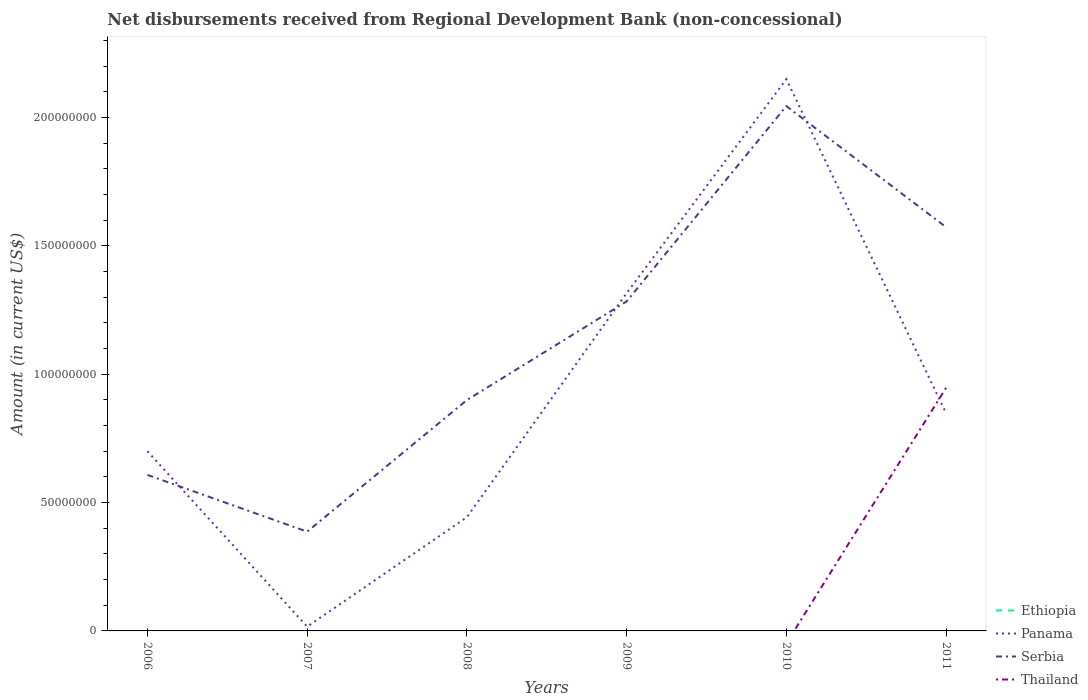
| Years | Ethiopia | Panama | Serbia | Thailand |
 | --- | --- | --- | --- | --- |
 | 2006 | -1.85e+07 | 7e+07 | 6.08e+07 | -1.17e+08 |
 | 2007 | -1.82e+07 | 1.66e+06 | 3.87e+07 | -4.23e+07 |
 | 2008 | -6.38e+06 | 4.43e+07 | 8.99e+07 | -3.96e+06 |
 | 2009 | -6.71e+06 | 1.32e+08 | 1.28e+08 | -4.37e+06 |
 | 2010 | -6.71e+06 | 2.15e+08 | 2.04e+08 | -4.82e+06 |
 | 2011 | -5.79e+06 | 8.48e+07 | 1.57e+08 | 9.47e+07 |